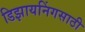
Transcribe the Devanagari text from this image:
डिझायनिंगसाठी